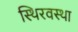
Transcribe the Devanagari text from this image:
स्थिरवस्था